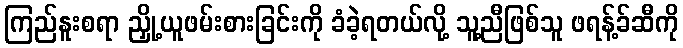
ကြည်နူးစရာ ညှို့ယူဖမ်းစားခြင်းကို ခံခဲ့ရတယ်လို့ သူ့ညီဖြစ်သူ ဖရန့်ခ်ဆီကို